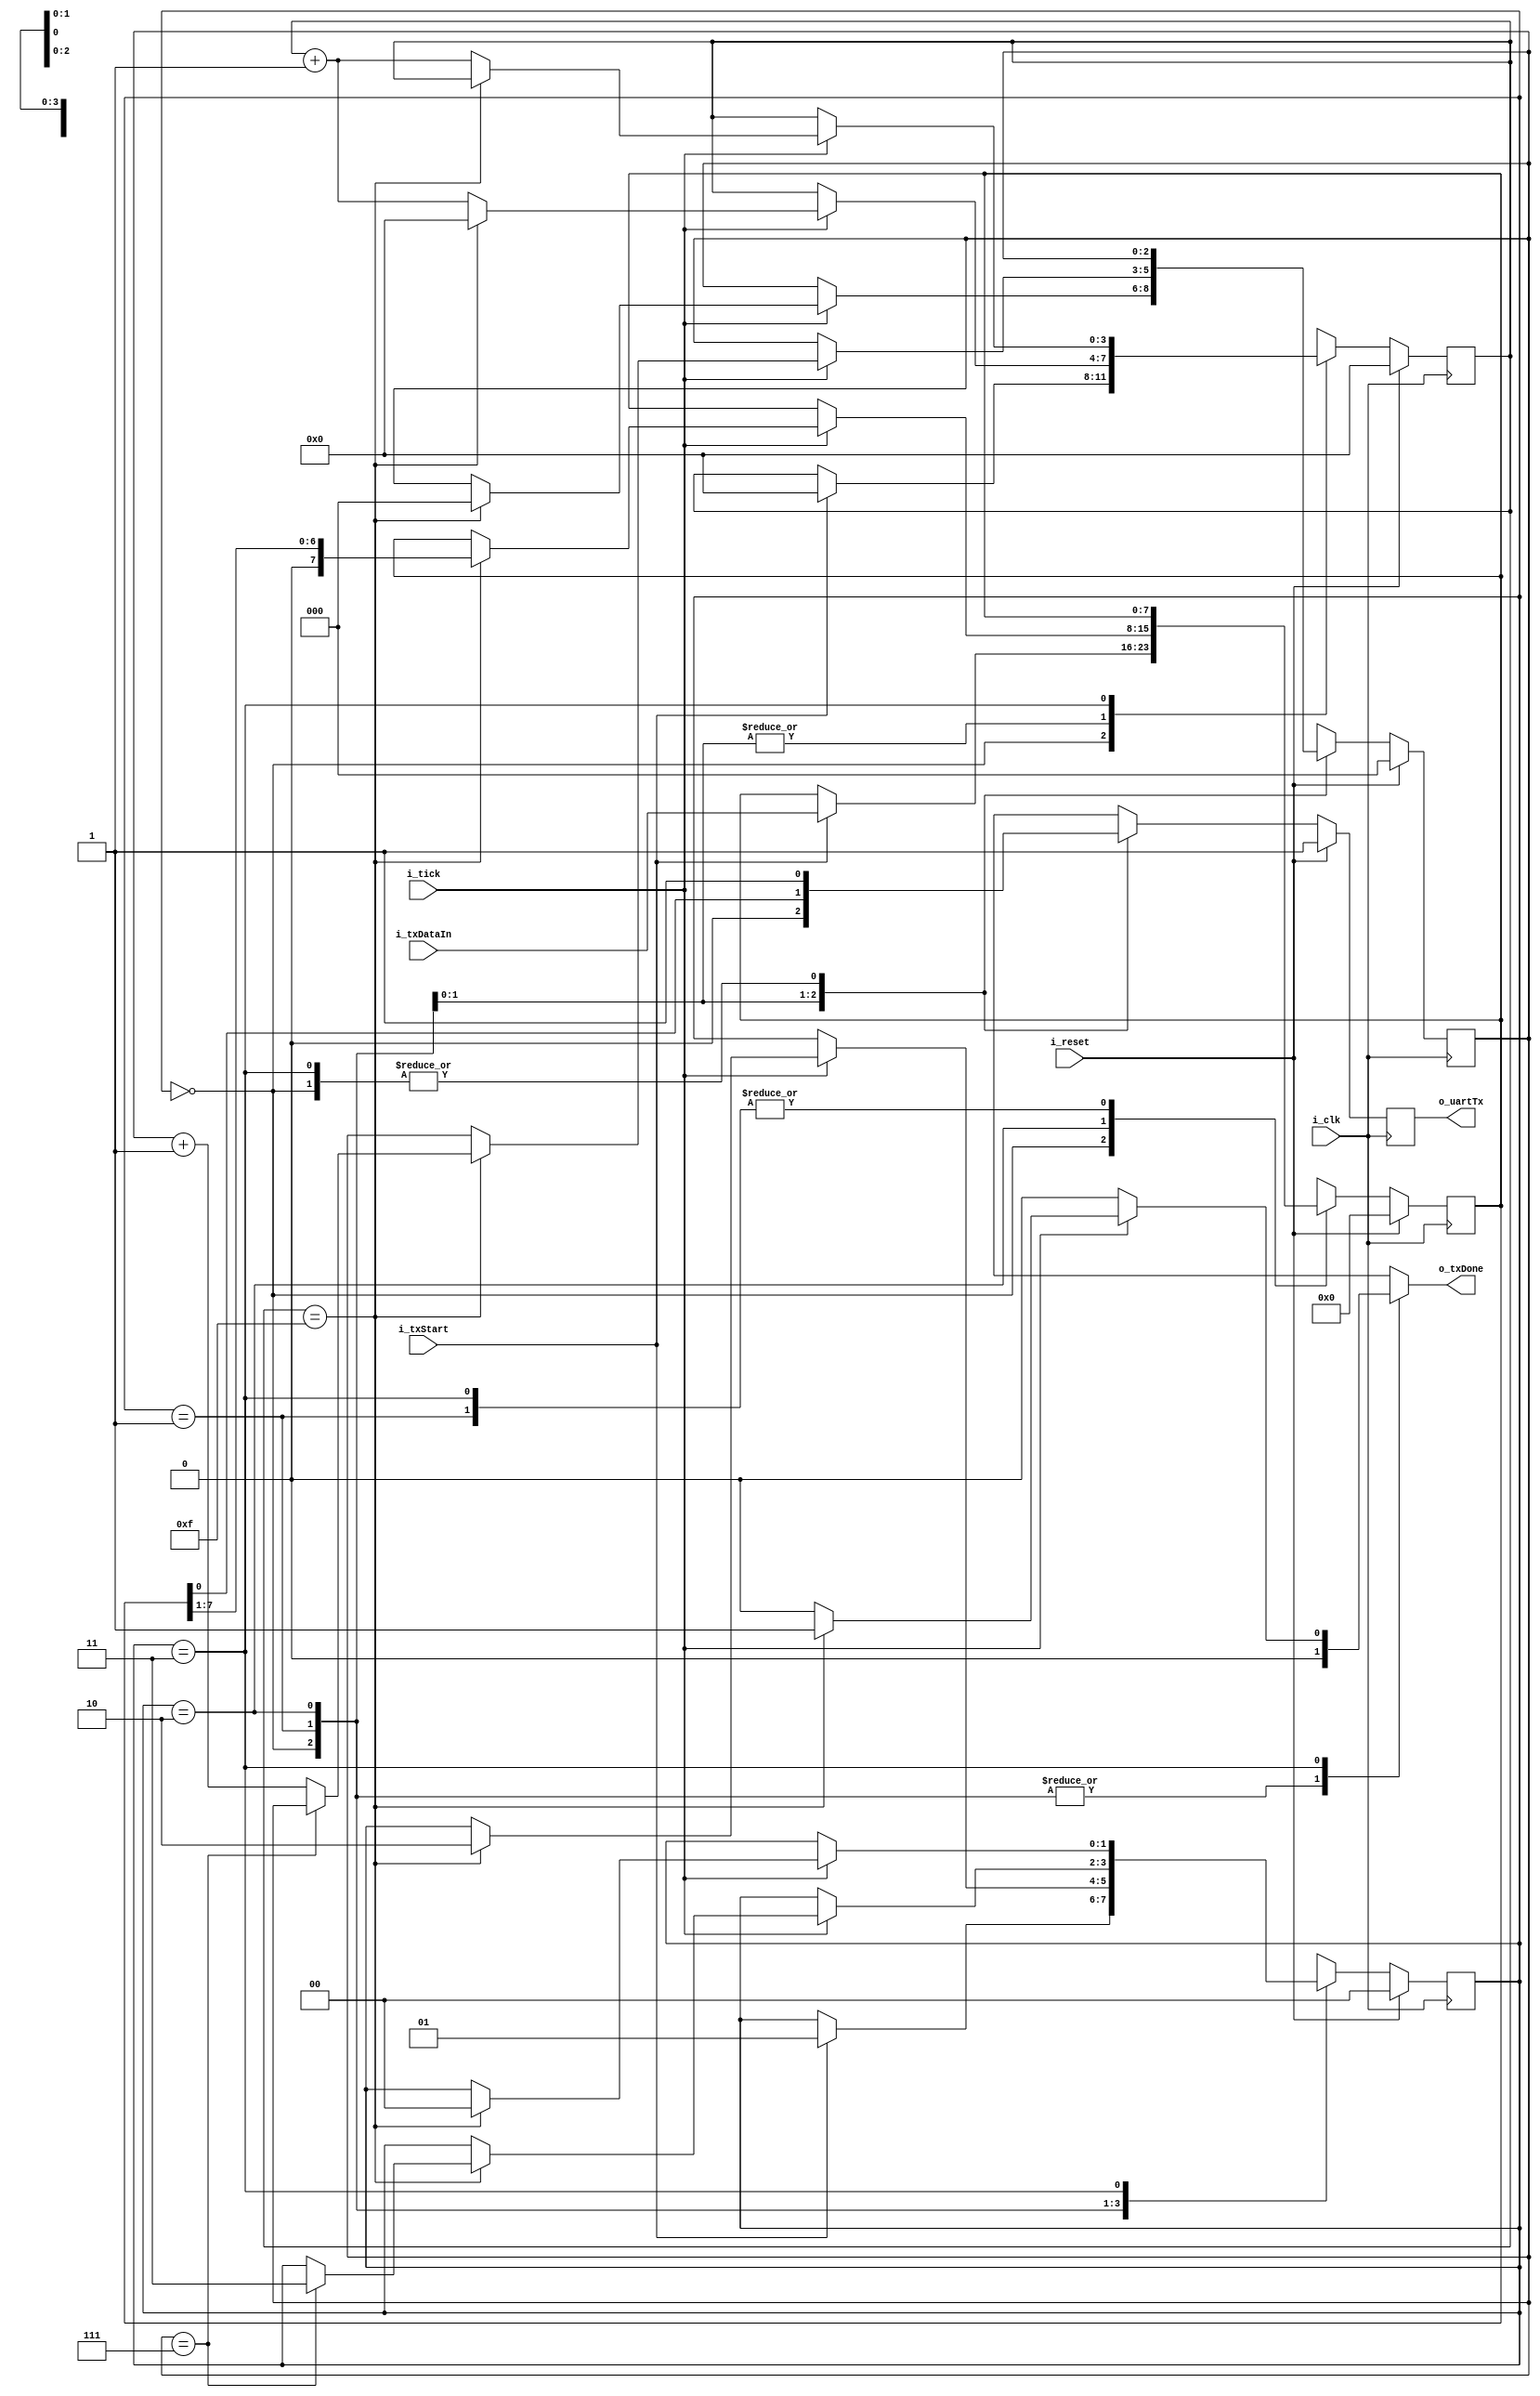
module uartTX#
(
    parameter DATA_LEN = 8,
    parameter SB_TICK = 16
)
(
    input wire i_clk,
    input wire i_reset,
    input wire i_txStart,
    input wire i_tick,
    input wire [DATA_LEN-1 : 0] i_txDataIn,
    output reg o_txDone,
    output wire o_uartTx
);

//symbolic state declaration
localparam [1:0] IDLE = 2'b00;
localparam [1:0] START = 2'b01;
localparam [1:0] DATA = 2'b10;
localparam [1:0] STOP = 2'b11;

//signal declaration
reg [1:0] stateReg;
reg [1:0] stateNext;

reg [3:0] ticksReg;
reg [3:0] ticksNext;

reg [2:0] sendBitsReg;
reg [2:0] sendBitsNext;

reg [DATA_LEN-1:0] sendByteReg;
reg [DATA_LEN-1:0] sendByteNext;

reg txReg;
reg txNext;

//Finite State Machine with Data (state and DATA registers)
always @(posedge i_clk) begin
    if(i_reset) begin
        stateReg <= IDLE;
        ticksReg <= 0;
        sendBitsReg <= 0;
        sendByteReg <= 0;
        txReg <= 1'b1;
    end
    else begin
        stateReg <= stateNext;
        ticksReg <= ticksNext;
        sendBitsReg <= sendBitsNext;
        sendByteReg <= sendByteNext;
        txReg <= txNext;
    end
end

//Finite State Machine with Data (next state logic and functional units)
always @(*) begin
    stateNext = stateReg;
    o_txDone = 1'b0;
    ticksNext = ticksReg;
    sendBitsNext = sendBitsReg;
    sendByteNext = sendByteReg;
    txNext = txReg;

    case (stateReg)
        IDLE: begin
            txNext = 1'b1;
            if(i_txStart) begin
                stateNext = START;
                ticksNext = 0;
                sendByteNext = i_txDataIn;
            end
        end
        
        START: begin
            txNext = 1'b0;
            if (i_tick) begin
                if (ticksReg == 15) begin
                    stateNext = DATA;
                    ticksNext = 0;
                    sendBitsNext = 0;
                end
                else begin
                    ticksNext = ticksReg + 1;
                end
            end
        end

        DATA: begin
            txNext = sendByteReg[0];
            if (i_tick) begin
                if(ticksReg==15) begin
                    ticksNext = 0;
                    sendByteNext = sendByteReg >> 1;
                    if (sendBitsReg==(DATA_LEN-1)) begin
                        stateNext = STOP;
                    end
                    else begin
                        sendBitsNext = sendBitsReg + 1;
                    end
                end
                else begin
                    ticksNext = ticksReg + 1;
                end
            end
        end

        STOP: begin
            txNext = 1'b1;
            if (i_tick) begin
                if (ticksReg==(SB_TICK-1)) begin
                    stateNext = IDLE;
                    o_txDone = 1'b1;
                end
                else begin
                    ticksNext = ticksReg + 1;
                end
            end
        end
        default: begin
            stateNext = IDLE;
        end
    endcase
end

assign o_uartTx = txReg;

endmodule